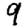
Digit: 9